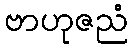
ဗာဟုဇညံ